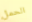
الحمل